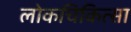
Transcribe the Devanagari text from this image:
लोकचिकित्सा